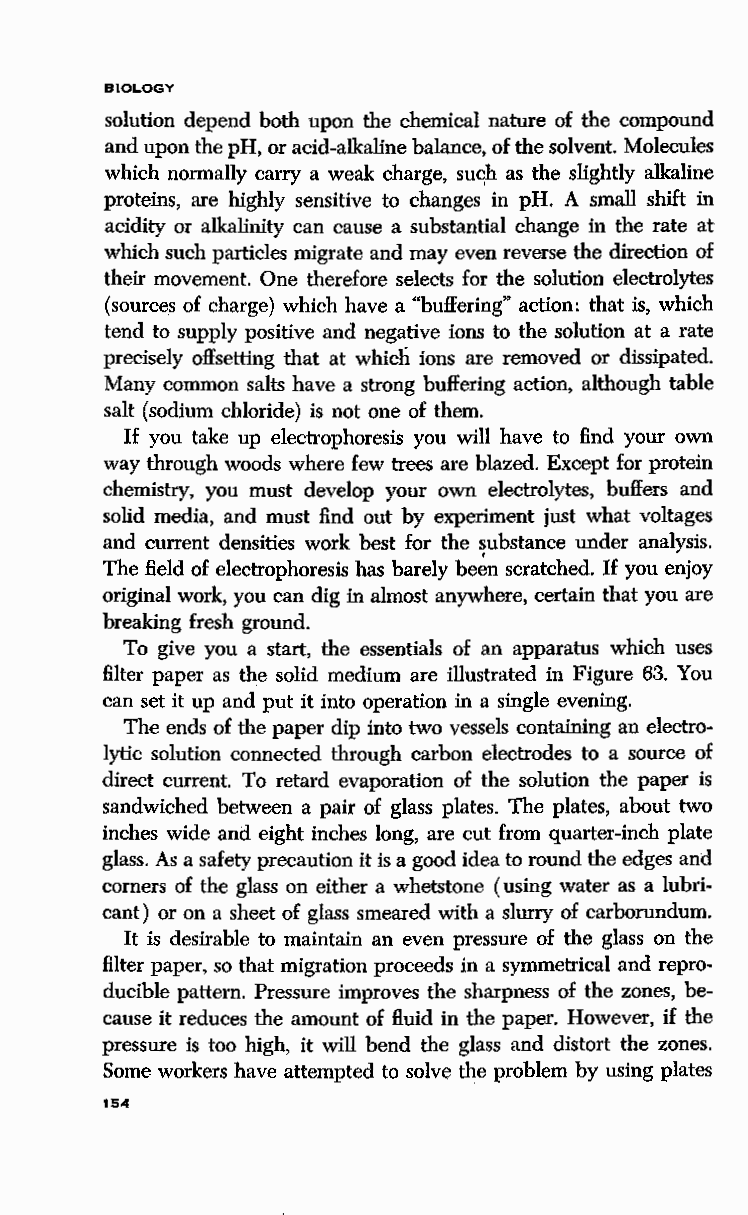
BIOLOGY
 solution depend both upon the chemical nature of the compound
 and upon the pH, or acid~alkaline ,balance, of the solvent. Molecules
 which normally carry a weak charge, suqh as the slightly alkaline
 proteins, are highly sensitive to changes in pH. A small shift in
 acidity or alkalinity can cause a substantial change in the rate at
 which such particles migrate and may even reverse the direction of
 their movement. One therefore selects for the solution electrolytes
 (sources of charge) which have a "buffering" action: that is, which
 tend to supply positive and negative ions to the solution at a rate
 precisely offsetting that at whicli ions are removed or dissipated.
 Many common salts have a strong buffering action, although table
 salt {sodium chloride) is not one of them.
 If you take up electrophoresis you will have to find your own
 way through woods where few trees are blazed. Except for protein
 chemistry, you must develop your own electrolytes, buffers and
 solid media, and must find out by experiment just what voltages
 and current densities work best for the substance under analysis.
 The field of electrophoresis has barely be~n scratched. If you enjoy
 original work, you can dig in almost anywhere, certain that you are
 breaking fresh ground.
 To give you a start, the essentials of an apparatus which uses
 filter paper as the solid medium are illustrated in Figure 63. You
 can set it up and put it into operation in a single evening.
 The ends of the paper dip into two vessels containing an electro
 lytic solution connected through carbon electrodes to a source of
 direct current. To retard evaporation of the solution the paper is
 sandwiched between a pair of glass plates. The plates, about two
 inches wide and eight inches long, are cut from quarter-inch plate
 glass. As a safety precaution it is a good idea to round the edges and
 corners of the glass on either a whetstone (using water as a lubri
 cant) or on a sheet of glass smeared with a slurry of carborundum.
 It is desirable to maintain an even pressure of the glass on the
 filter paper, so that migration proceeds in a symmetrical and repro
 ducible pattern. Pressure improves the sharpness of the zones, be
 cause it reduces the amount of fluid in the paper. However, if the
 pressure is too high, it will bend the glass and distort the zones.
 Some workers have attempted to solve the problem by using plates
 154